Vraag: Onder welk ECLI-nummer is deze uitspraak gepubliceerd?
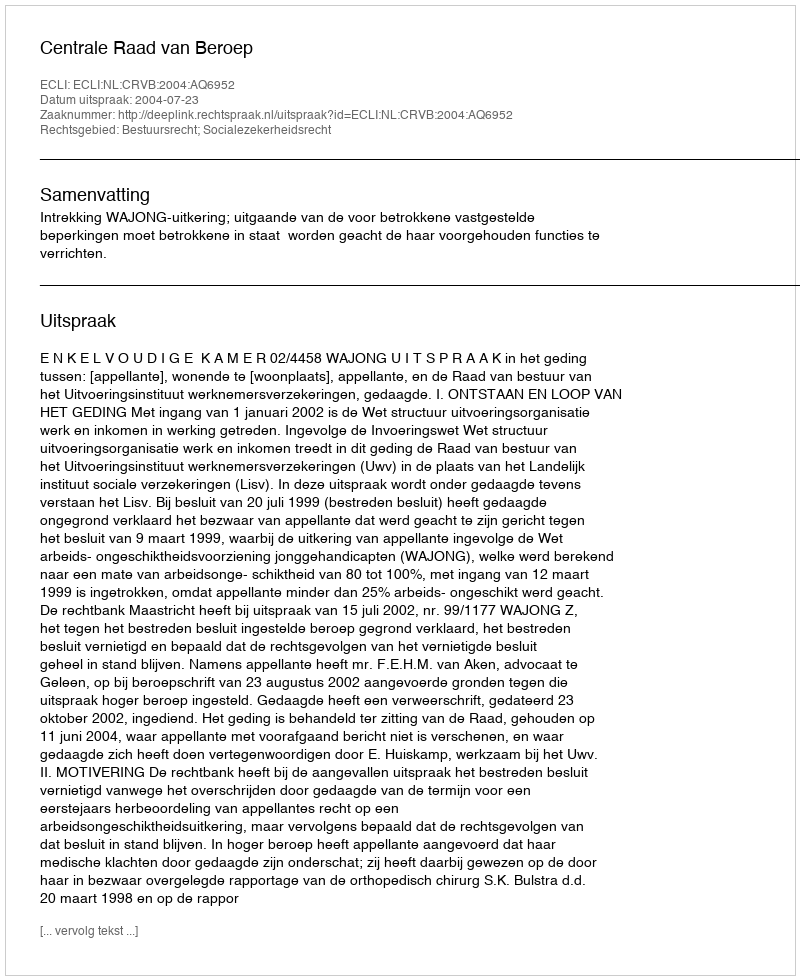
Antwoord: ECLI:NL:CRVB:2004:AQ6952